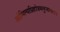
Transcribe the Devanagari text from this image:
ओमित्यग्निहोत्रमनुजानति।